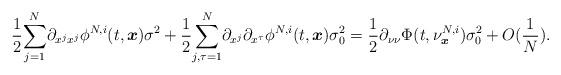
LaTeX: \begin{align*}\frac{1}{2}\underset{j=1}{\overset{N}{\sum}}\partial_{x^jx^j}\phi^{N,i}(t,\boldsymbol{x})\sigma^2+\frac{1}{2}\underset{j,\tau=1}{\overset{N}{\sum}}\partial_{x^j}\partial_{x^\tau}\phi^{N,i}(t,\boldsymbol{x})\sigma_0^2=\frac{1}{2}\partial_{\nu\nu}\Phi(t,\nu^{N,i}_{\boldsymbol{x}})\sigma_0^2+O(\frac{1}{N}).\end{align*}